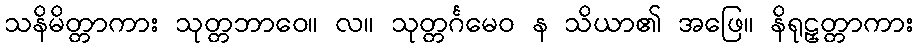
သနိမိတ္တာကား သုတ္တဘာဝေ။ လ။ သုတ္တင်္ဂမေဝ န သိယာ၏ အဖြေ။ နိရုဠှတ္တာကား